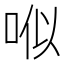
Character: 𠳎